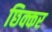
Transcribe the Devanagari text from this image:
छिक्कर